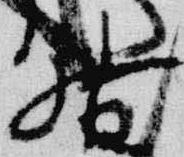
督